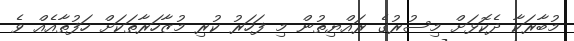
މުބާރަކާ ދެކޮޅަށް މިސުރުގެ ރައްޔިތުން މި ފަހަރު ކުރި މުޒާހަރާތަކަށް ހަފުތާއެއް ވެ